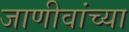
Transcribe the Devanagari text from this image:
जाणीवांच्या